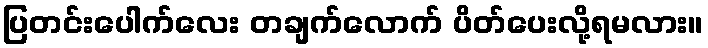
ပြတင်းပေါက်လေး တချက်လောက် ပိတ်ပေးလို့ရမလား။